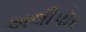
અલીપોર